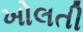
ખોલતી